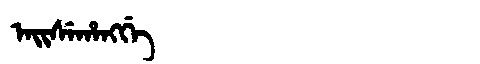
Manchu: ᠠᡳᠰᡝᡥᠠᠩᡤᡝ
Romanization: AISEHANGGE